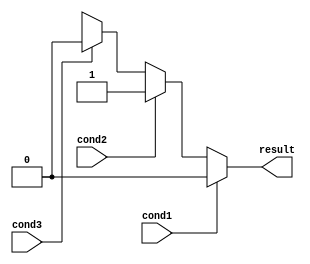
module multiple_if_else(
    input wire cond1,
    input wire cond2,
    input wire cond3,
    output reg result
);

always @* begin
    if (cond1) begin
        // Code block for condition 1
        result <= 1'b0;
    end else if (cond2) begin
        // Code block for condition 2
        result <= 1'b1;
    end else if (cond3) begin
        // Code block for condition 3
        result <= 1'b0;
    end else begin
        // Default case
        result <= 1'bx;
    end
end

endmodule